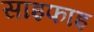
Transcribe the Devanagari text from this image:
साइफाइ